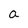
Character: a